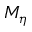
M _ { \eta }